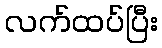
လက်ထပ်ပြီး